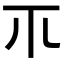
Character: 𥘅